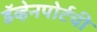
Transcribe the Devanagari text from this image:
डॅव्हेनपोर्टची